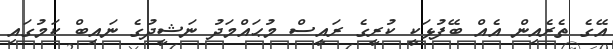
އޭގެ ތެރެއިން އެއް ބޭފުޅަކީ ކުރީގެ ރައީސް މުޙައްމަދު ނަޝީދުގެ ނައިބް ކަމުގައި